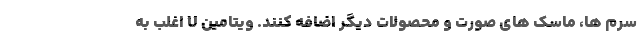
سرم ها، ماسک های صورت و محصولات دیگر اضافه کنند. ویتامین U اغلب به